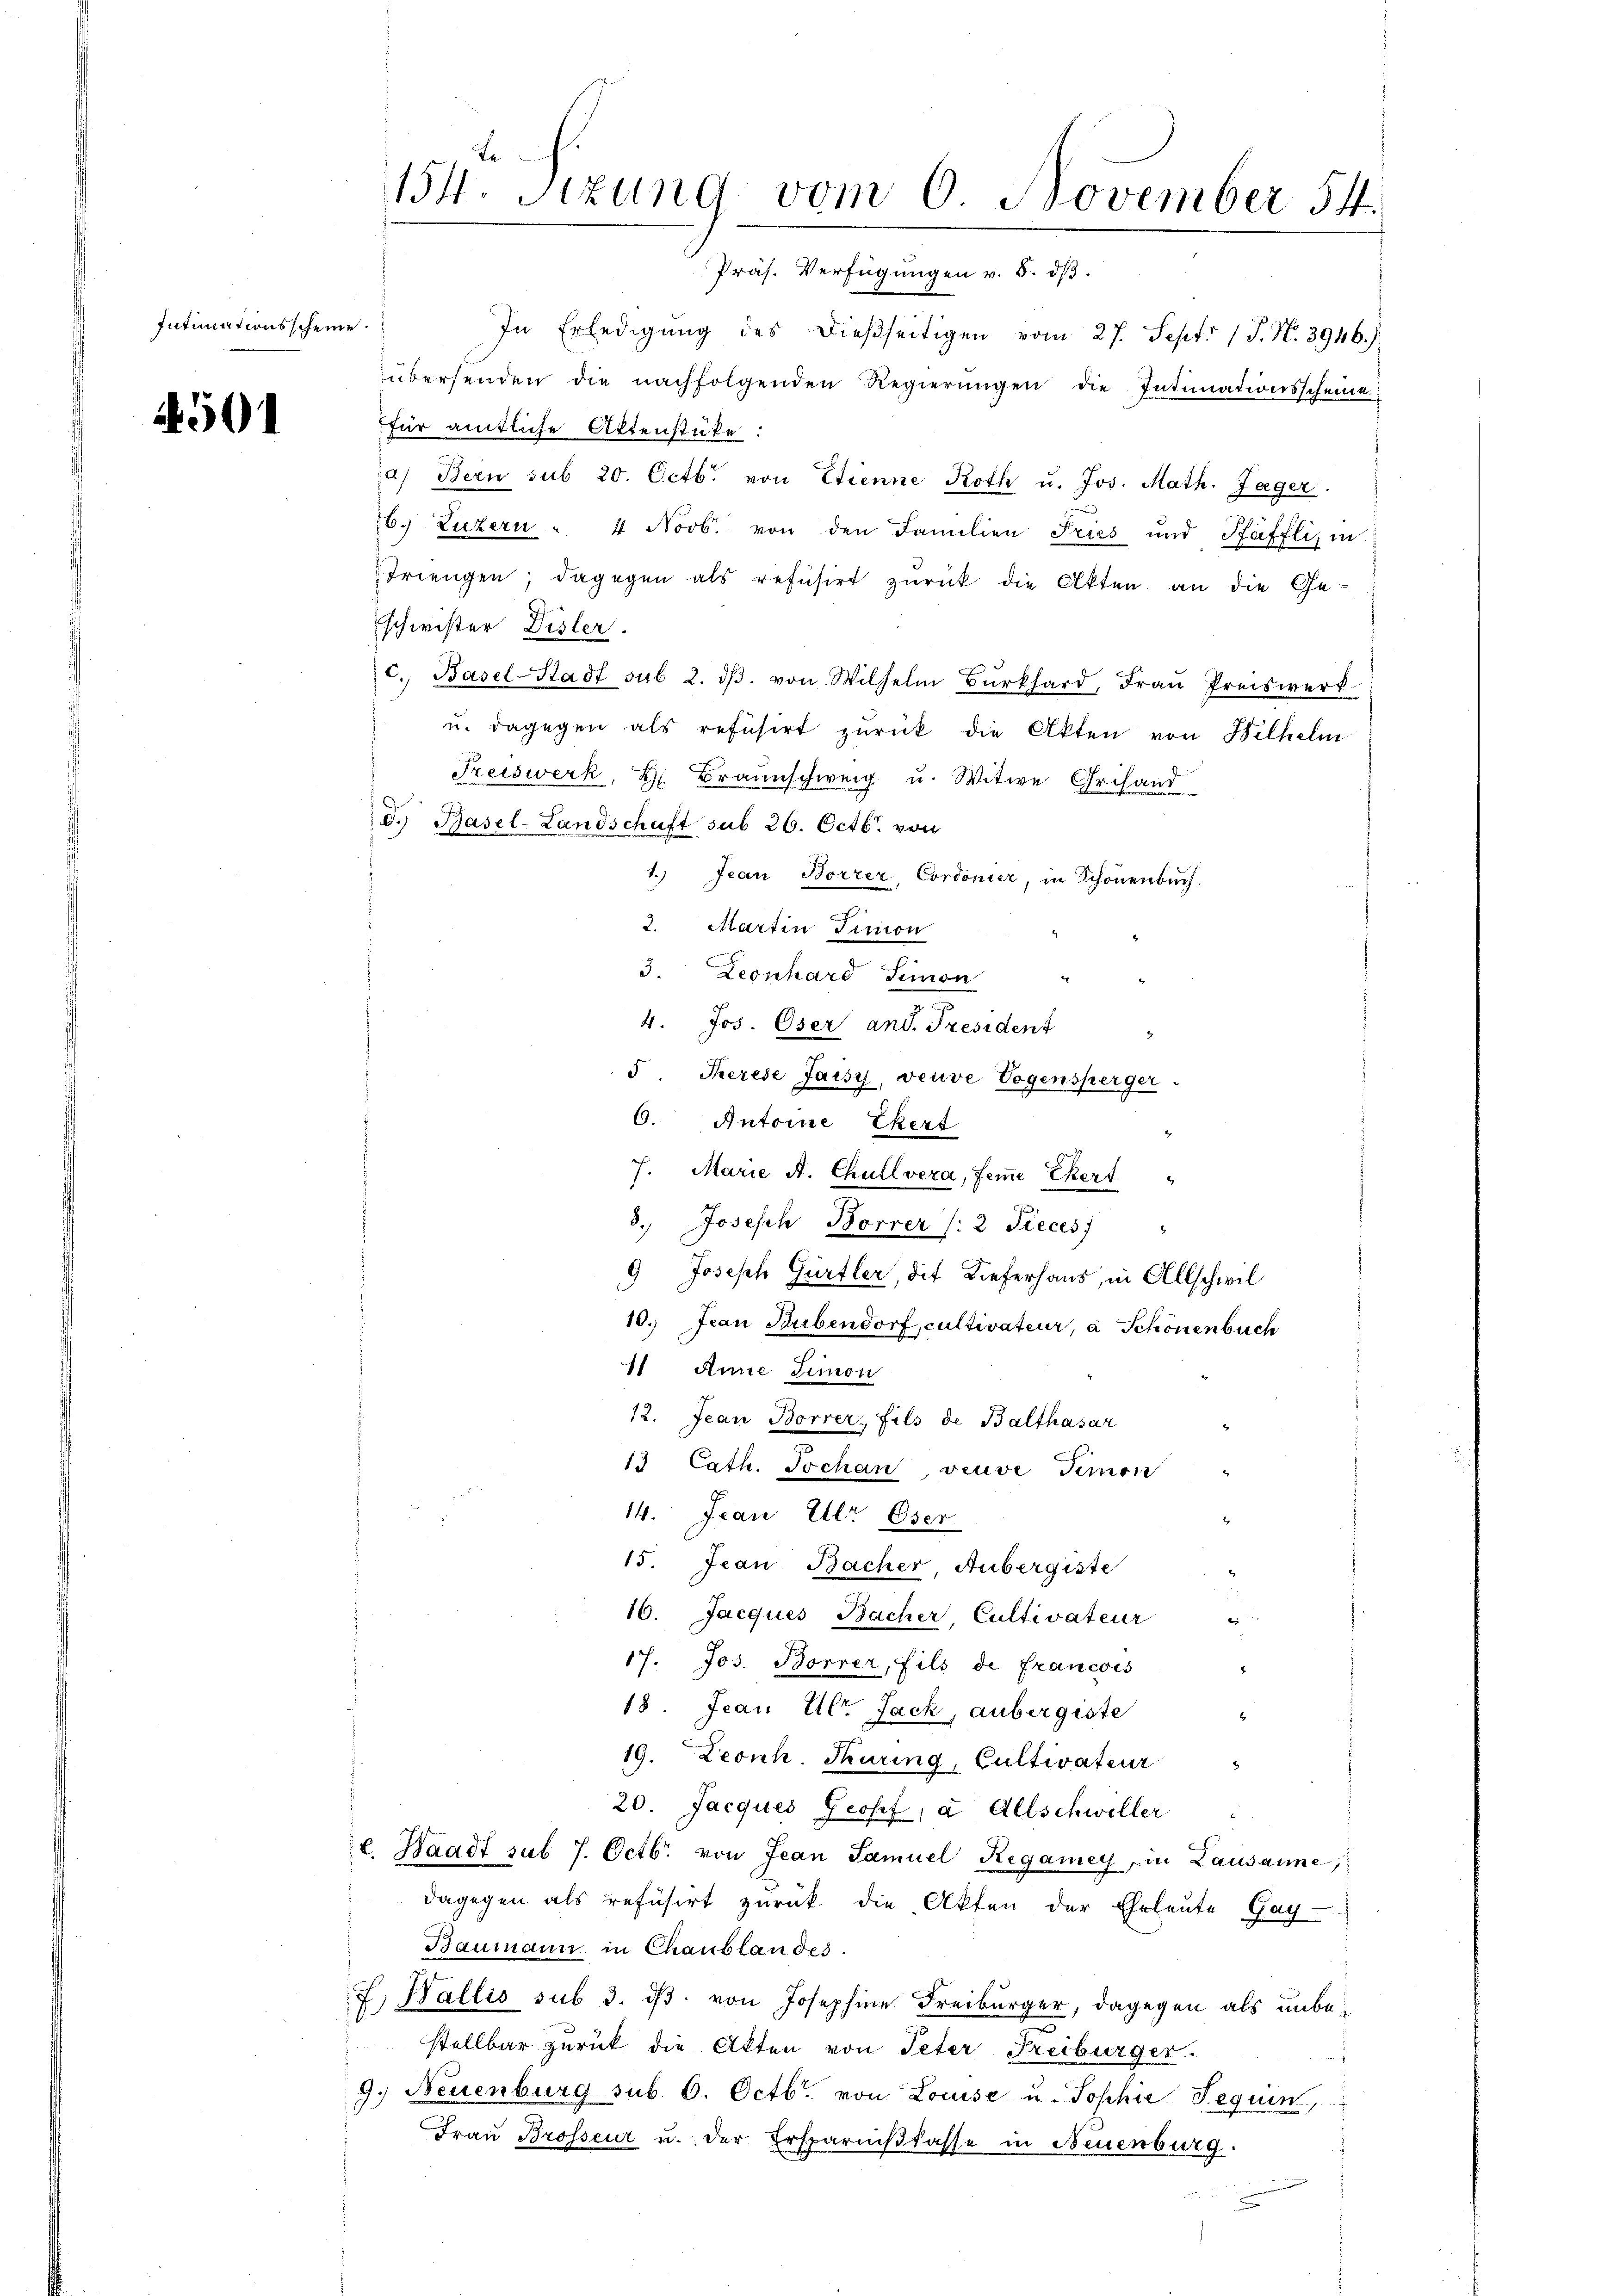
Intimationsscheine

4501

154. Sitzung vom 6 November 54.
Präs. Verfügungen v. 5. dβ.

In Erledigung des dießseitigen vom 27. Sept. 17. N. 3946.)
übersenden die nachfolgenden Regierŭngen die Intimationsscheine
für amtliche Aktenstücke:
a) Bern sub 20. Octb. von Etienne Roth u. Jos. Math. Jäger
b. Luzern - 4 Novb. von den Familien Fries und Pfäfflis in
Triengen; dagegen als refusirt zurück die Akten an die Geschwister Disler.
c. Basel-Stadt sub 2. dβ. von Wilhelm Bŭrkhard, Fraŭ Preiswerk
u. dagegen als refusirt zurück die Akten von Wilhelm
Preiswerk, H. Braunschweig u. Witwe Grihand
d. Basel-Landschaft sub 26. Octb. von
1.) Jean Borrer, Cordonier, in Schönenbuch.
2. Martin Finon
3. Leonhard Simon
4. Jos. Oser and. Tresident
5. Therese Jaisi, veuve Vogensperger
O. Antoine Ehert
7. Marie A. Chüllvera, feine Cert
8.) Joseph Borrer (:2 Pieces)
9 Joseph Gürtler, die Lieferhaus, in Allschwil
10.) Jean Stubendorf, cultivateur, à Schönenbuch
1 Anne Limon
12. Jean Borrer, fils de Balthasar
13 Cath. Tochan, veuve Simon
n
14. Jean Ulr Oser
15. Jean Bacher, Aubergiste
10. Jacques Bacher, Cultivateur
17. Jos. Borrer, fils de francois
18. Jean Ulr. Jack, anbergiste
19. Leonh. Turing, Cultivateur
20. Jacques Josef, a Allschweller
l. Waadt sub 7. Octbr. von Jean Samuel Regamey in Lausanne,
dagegen als refüsirt zurück die Akten der Eheleute Gay-
Baumann in Chaublandes.
E. Wallis sub 3. ds. von Josephine Freiburger, dagegen als unbestellbar zurück die Akten von Peter Freiburger
9.) Neuenburg sub 6. Octbr. von Louise u. Sophie Sequen
Frau Brosseur u. der Ersparnißkasse in Neuenburg.